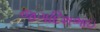
જગદિશભાઇ